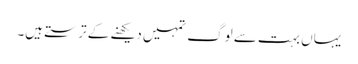
یہاں بہت سے لوگ تمہیں دیکھنے کے ترستے ہیں۔